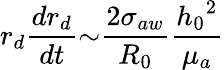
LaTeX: r_{d}\frac{dr_{d}}{dt}{\sim}\frac{2{\sigma}_{aw}}{R_{0}}\frac{{h_{0}}^{2}}{{\mu}_{a}}